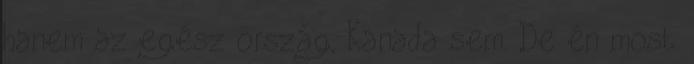
hanem az egész ország, Kanada sem. De én most